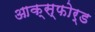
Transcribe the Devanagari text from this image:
आक्स्फोर्ड